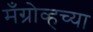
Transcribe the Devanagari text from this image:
मँग्रोव्हच्या